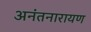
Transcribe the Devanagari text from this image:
अनंतनारायण